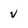
Character: v